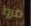
مروا